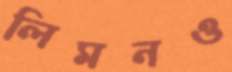
লিমনও